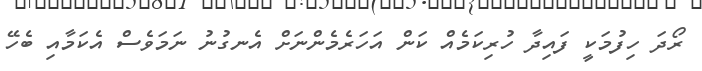
ރޯދަ ހިފުމަކީ ފައިދާ ހުރިކަމެއް ކަން އަހަރެމެންނަށް އެނގުނު ނަމަވެސް އެކަމާއި ބެހޭ